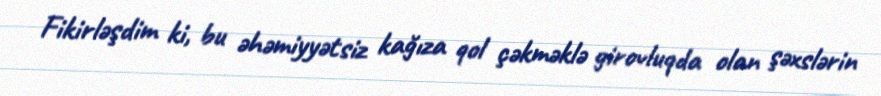
Fikirləşdim ki, bu əhəmiyyətsiz kağıza qol çəkməklə girovluqda olan şəxslərin